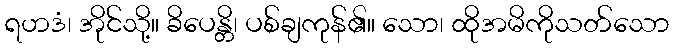
ရဟဒံ၊ အိုင်သို့။ ခိပေန္တိ၊ ပစ်ချကုန်၏။ သော၊ ထိုအမိကိုသတ်သော